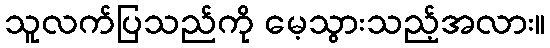
သူလက်ပြသည်ကို မေ့သွားသည့်အလား။